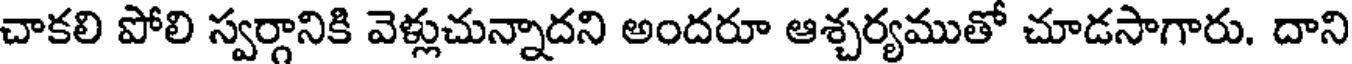
చాకలి పోలి స్వర్గానికి వెళ్లుచున్నాదని అందరూ ఆశ్చర్యముతో చూడసాగారు. దాని